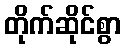
တိုက်ဆိုင်စွာ